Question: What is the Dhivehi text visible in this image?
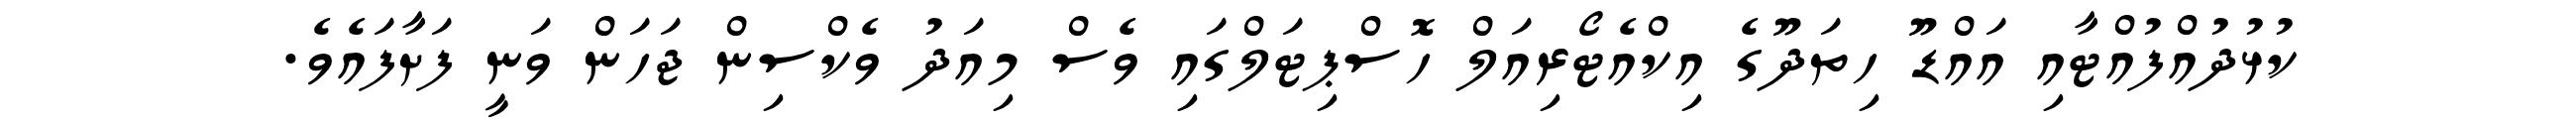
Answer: ކުޅުދުއްފުއްޓާއި އައްޑޫ ހިތަދޫގެ އިކްއެޓޯރިއަލް ހޮސްޕިޓަލްގައި ވެސް މިއަދު ވެކްސިން ޖަހަން ވަނީ ފަށާފައެވެ.